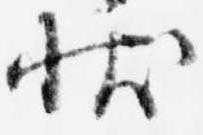
状